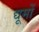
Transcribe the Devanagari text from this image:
द्यूमों